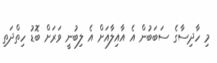
މި ހާދިސާގެ ސަބަބުން އެ އާއިލާއަށްް އެ ލިބުނީ ވަރަށް ބޮޑު ހިތްދަތި